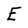
Character: E